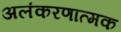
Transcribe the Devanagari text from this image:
अलंकरणात्मक